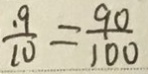
\frac { . 9 } { 1 0 } = \frac { 9 0 } { 1 0 0 }